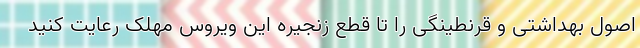
اصول بهداشتی و قرنطینگی را تا قطع زنجیره این ویروس مهلک رعایت کنید